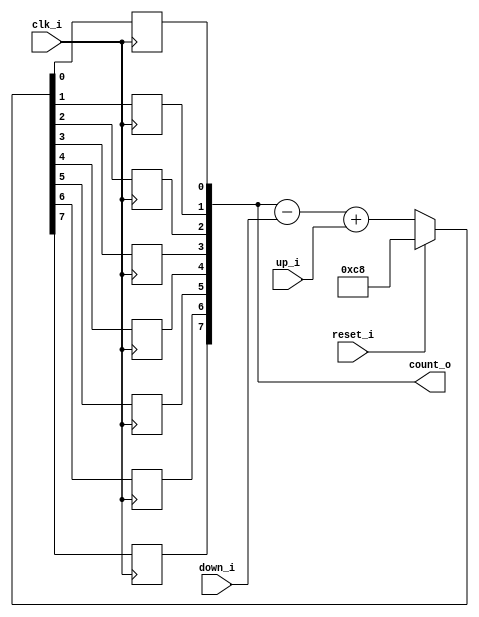
module bsg_counter_up_down_max_val_p200_init_val_p200
(
  clk_i,
  reset_i,
  up_i,
  down_i,
  count_o
);

  output [7:0] count_o;
  input clk_i;
  input reset_i;
  input up_i;
  input down_i;
  wire N0,N1,N2,N3,N4,N5,N6,N7,N8,N9,N10,N11,N12,N13,N14,N15,N16,N17,N18,N19,N20,N21,
  N22,N23,N24,N25,N26;
  reg [7:0] count_o;

  always @(posedge clk_i) begin
    if(1'b1) begin
      count_o[7] <= N26;
    end 
  end


  always @(posedge clk_i) begin
    if(1'b1) begin
      count_o[6] <= N25;
    end 
  end


  always @(posedge clk_i) begin
    if(1'b1) begin
      count_o[5] <= N24;
    end 
  end


  always @(posedge clk_i) begin
    if(1'b1) begin
      count_o[4] <= N23;
    end 
  end


  always @(posedge clk_i) begin
    if(1'b1) begin
      count_o[3] <= N22;
    end 
  end


  always @(posedge clk_i) begin
    if(1'b1) begin
      count_o[2] <= N21;
    end 
  end


  always @(posedge clk_i) begin
    if(1'b1) begin
      count_o[1] <= N20;
    end 
  end


  always @(posedge clk_i) begin
    if(1'b1) begin
      count_o[0] <= N19;
    end 
  end

  assign { N10, N9, N8, N7, N6, N5, N4, N3 } = count_o - down_i;
  assign { N18, N17, N16, N15, N14, N13, N12, N11 } = { N10, N9, N8, N7, N6, N5, N4, N3 } + up_i;
  assign { N26, N25, N24, N23, N22, N21, N20, N19 } = (N0)? { 1'b1, 1'b1, 1'b0, 1'b0, 1'b1, 1'b0, 1'b0, 1'b0 } : 
                                                      (N1)? { N18, N17, N16, N15, N14, N13, N12, N11 } : 1'b0;
  assign N0 = reset_i;
  assign N1 = N2;
  assign N2 = ~reset_i;

endmodule